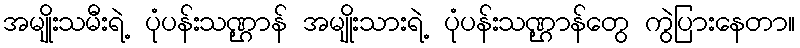
အမျိုးသမီးရဲ့ ပုံပန်းသဏ္ဌာန် အမျိုးသားရဲ့ ပုံပန်းသဏ္ဌာန်တွေ ကွဲပြားနေတာ။